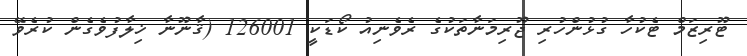
ޓޫރިޒަމް ޓެކުހާ ގުޅުންހުރި ޖޫރިމަނާތަކުގެ ރެވެނިއު ކޯޑަކީ 126001 (ޤާނޫނާ ޚިލާފުވެގެން ކުރެވޭ